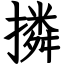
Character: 撛